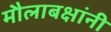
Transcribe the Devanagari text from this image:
मौलाबक्षांनी